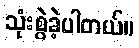
သုံးစွဲခဲ့ပါတယ်။